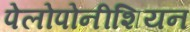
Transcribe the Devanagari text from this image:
पेलोपोनीशियन